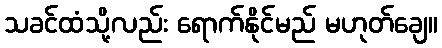
သခင်ထံသို့လည်း ရောက်နိုင်မည် မဟုတ်ချေ။